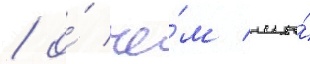
/ о́ че́м мы́